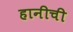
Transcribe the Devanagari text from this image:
हानीची